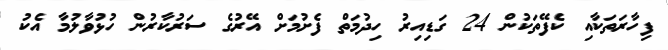
ފިހާރަތަކާއި ކެފޭތަކުން 24 ގަޑިއިރު ހިދުމަތް ފެށުމަށް އޭރުގެ ސަރުކާރުން ހުޅުވާލުމާ އެކު